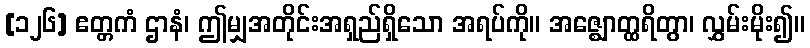
[၁၂၆] ဧတ္တကံ ဌာနံ၊ ဤမျှအတိုင်းအရှည်ရှိသော အရပ်ကို။ အဇ္ဈောတ္ထရိတွာ၊ လွှမ်းမိုး၍။